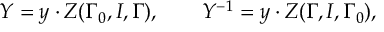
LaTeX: Y = y \cdot Z ( \Gamma _ { 0 } , I , \Gamma ) , \mathbf { \qquad } Y ^ { - 1 } = y \cdot Z ( \Gamma , I , \Gamma _ { 0 } ) ,